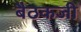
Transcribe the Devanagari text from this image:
बैठकजी